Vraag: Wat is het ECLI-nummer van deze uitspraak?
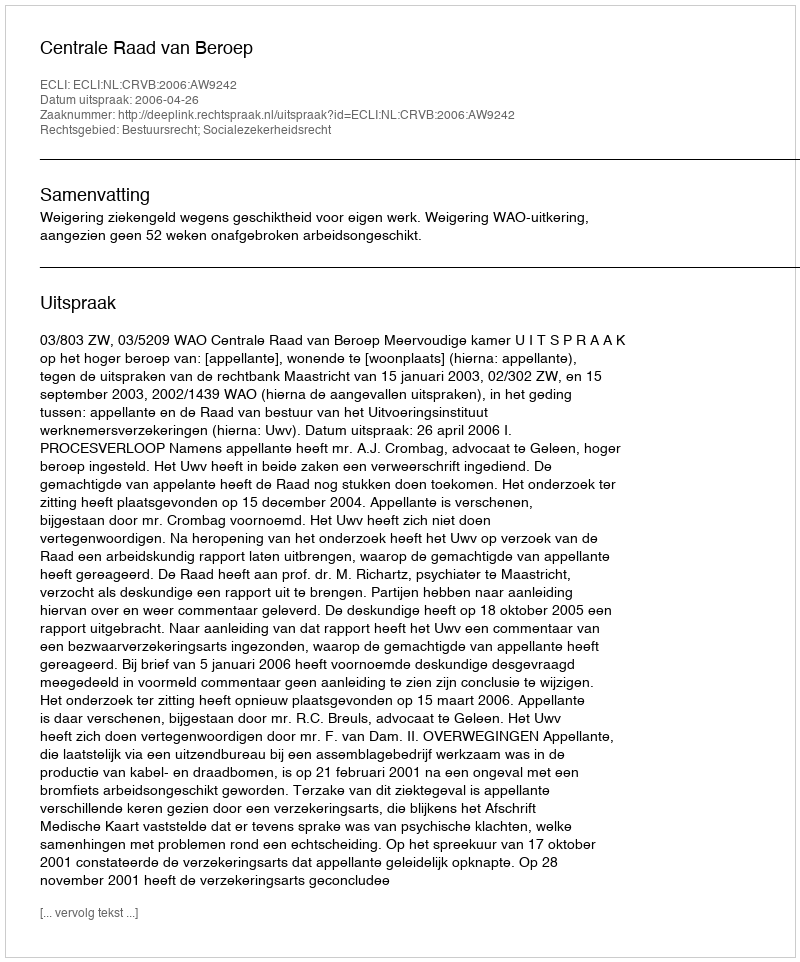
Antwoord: ECLI:NL:CRVB:2006:AW9242